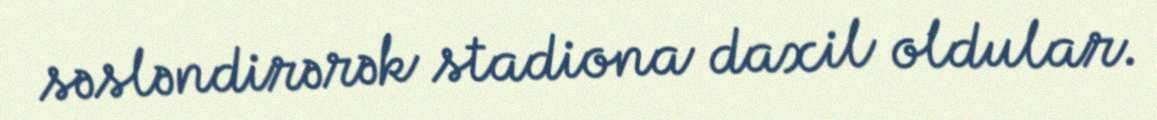
səsləndirərək stadiona daxil oldular.